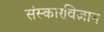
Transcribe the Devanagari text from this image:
संस्कारविज्ञान